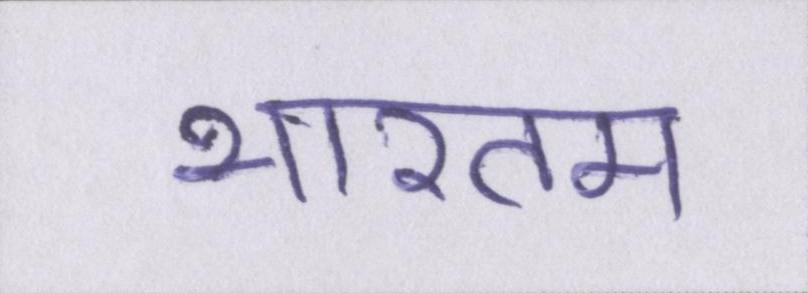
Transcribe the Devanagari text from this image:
भारतम